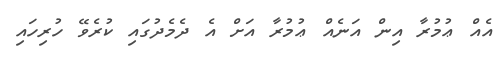
އެއް ޢުމުރާ އިން އަނެއް ޢުމުރާ އަށް އެ ދެމެދުގައި ކުރެވޭ ހުރިހައި